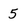
Character: 5